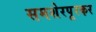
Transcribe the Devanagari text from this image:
समशेरपूरकर